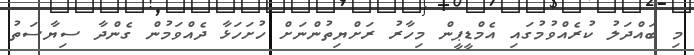
މި ބައްދަލު ކުރެއްވުމުގައި އެމްޑީޕީން މިހާރު ރަށްޔިތުންނަށް ހުށަހަޅާ ދެއްވަމުން ގެންދާ ސިޔާސަތު